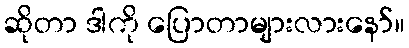
ဆိုတာ ဒါကို ပြောတာများလားနော်။